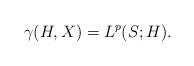
LaTeX: \begin{align*}\gamma(H,X) = L^p(S;H).\end{align*}